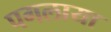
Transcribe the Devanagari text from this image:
पगलाया